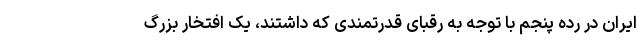
ایران در رده پنجم با توجه به رقبای قدرتمندی که داشتند، یک افتخار بزرگ